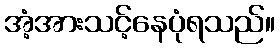
အံ့အားသင့်နေပုံရသည်။